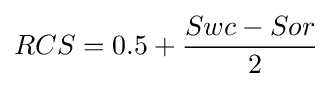
RCS=0.5+{\frac {Swc-Sor}{\ 2}}